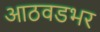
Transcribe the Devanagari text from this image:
आठवडभर